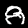
Digit: 8